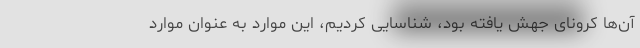
آن‌ها کرونای جهش یافته بود، شناسایی کردیم، این موارد به عنوان موارد